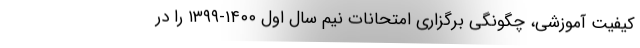
کیفیت آموزشی، چگونگی برگزاری امتحانات نیم سال اول ۱۴۰۰-۱۳۹۹ را در